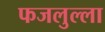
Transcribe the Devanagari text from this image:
फजलुल्ला